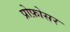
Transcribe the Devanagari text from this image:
प्रोफ़ोसर